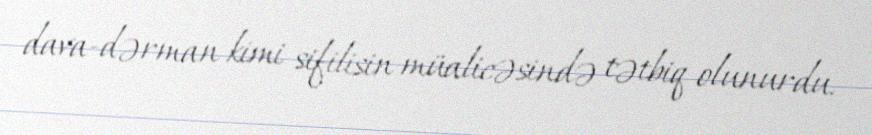
dava-dərman kimi sifilisin müalicəsində tətbiq olunurdu.